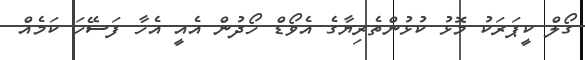
ގޯލް ކީޕަރަކު މޮޅު ކުޅުންތެރިޔާގެ އެވޯޑް ހޯދުން އެއީ އެހާ ފަސޭހަ ކަމެއް